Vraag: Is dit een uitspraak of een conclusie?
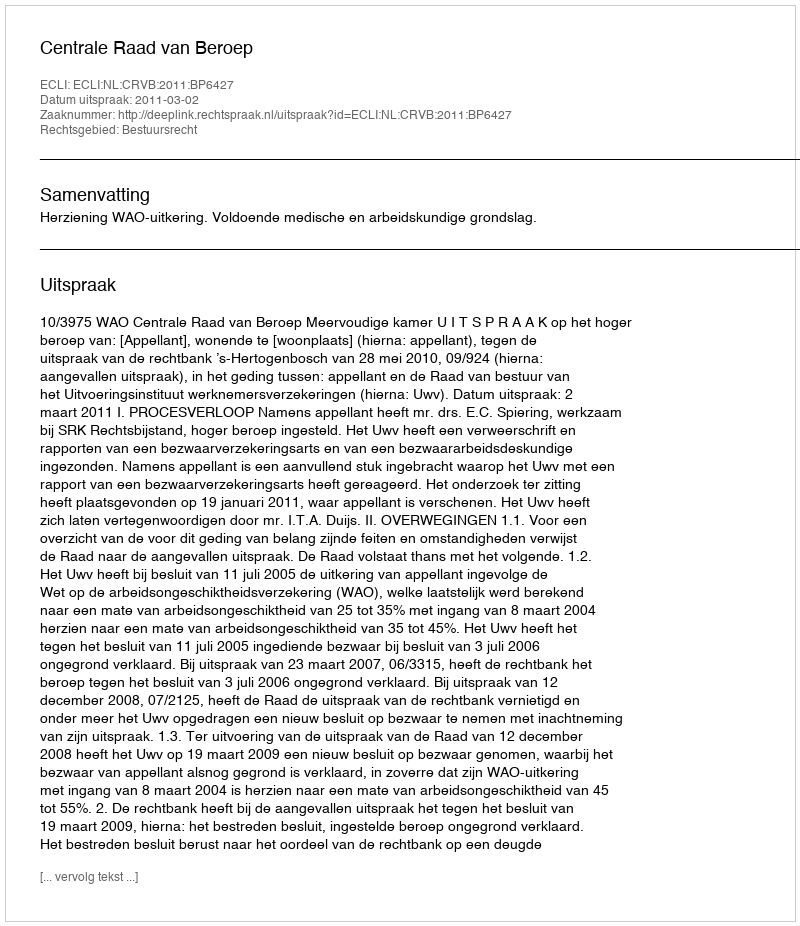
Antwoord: Uitspraak